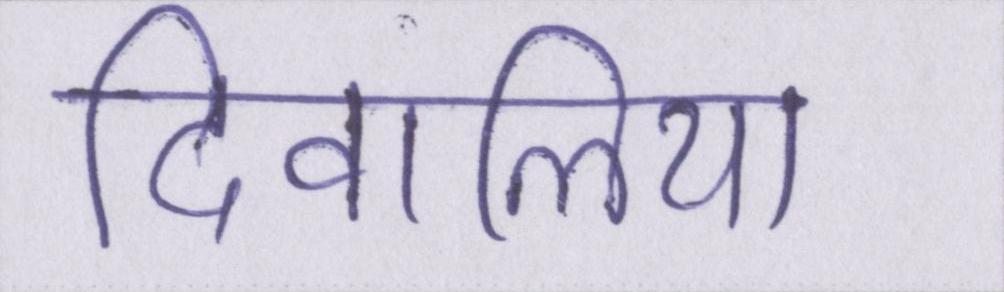
दिवालिया